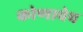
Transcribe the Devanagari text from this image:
कोणाचेच